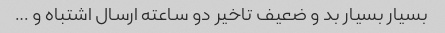
بسیار بسیار بد و ضعیف تاخیر دو ساعته ارسال اشتباه و …